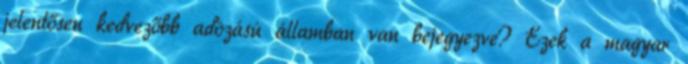
jelentősen kedvezőbb adózású államban van bejegyezve? Ezek a magyar